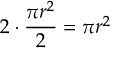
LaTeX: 2 \cdot { \frac { \pi r ^ { 2 } } { 2 } } = \pi r ^ { 2 }